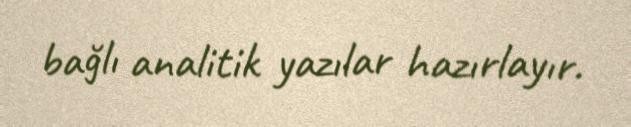
bağlı analitik yazılar hazırlayır.